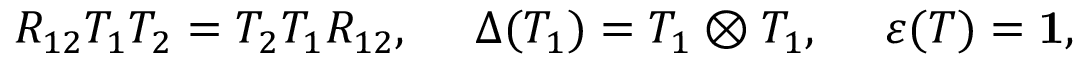
R _ { 1 2 } T _ { 1 } T _ { 2 } = T _ { 2 } T _ { 1 } R _ { 1 2 } , \ \ \ \ \Delta ( T _ { 1 } ) = T _ { 1 } \otimes T _ { 1 } , \ \ \ \ \varepsilon ( T ) = { \bf 1 } ,